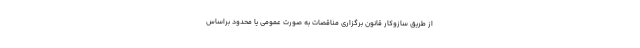
از طریق سازوکار قانون برگزاری مناقصات به صورت عمومی یا محدود براساس